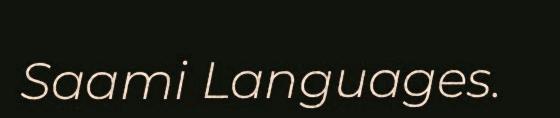
Saami Languages.